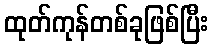
ထုတ်ကုန်တစ်ခုဖြစ်ပြီး